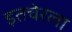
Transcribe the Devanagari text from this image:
इतचेरला